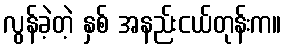
လွန်ခဲ့တဲ့ နှစ် အနည်းငယ်တုန်းက။